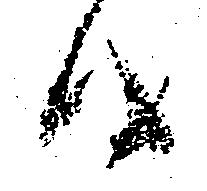
候